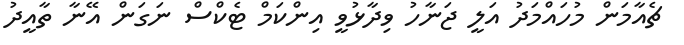
ޗެއާމަން މުހައްމަދު އަލީ ޖަނާހު ވިދާޅުވީ އިންކަމް ޓެކްސް ނަގަން އޭނާ ތާއީދު